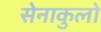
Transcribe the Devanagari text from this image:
सेनाकुलो